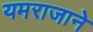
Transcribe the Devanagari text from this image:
यमराजाने